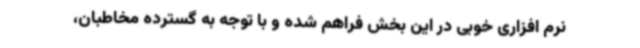
نرم افزاری خوبی در این بخش فراهم شده و با توجه به گسترده مخاطبان،